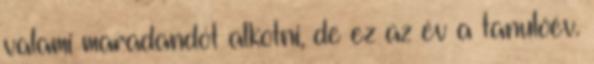
valami maradandót alkotni, de ez az év a tanulóév.